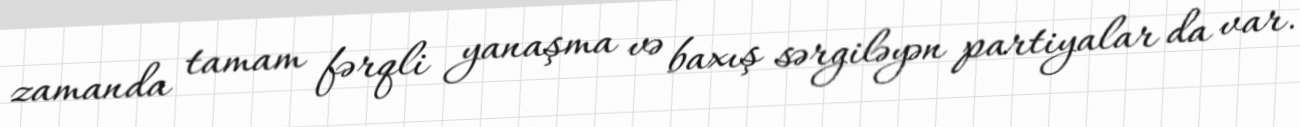
zamanda tamam fərqli yanaşma və baxış sərgiləyən partiyalar da var.